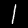
Digit: 1